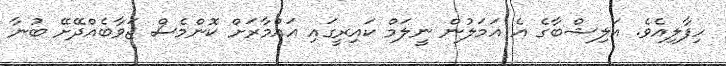
ހިފާލިއެވެ. އަލިޝްބާގެ އެ އަމަލުން ނީލަމް ކައިރީގައި އައްމާރަށް ކޮންމެސް ޖަވާބެއްދޭށޭ ބުނާ